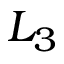
L _ { 3 }